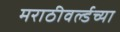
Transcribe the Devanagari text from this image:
मराठीवर्ल्डच्या